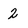
Character: 2